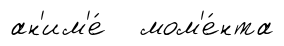
ан'им'е́ мом'е́нта